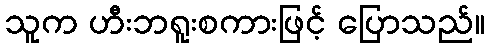
သူက ဟီးဘရူးစကားဖြင့် ပြောသည်။